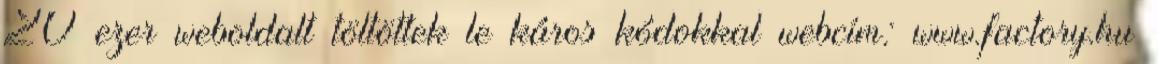
20 ezer weboldalt töltöttek le káros kódokkal webcím: www.factory.hu